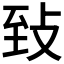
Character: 𦤺